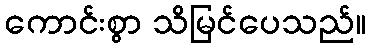
ကောင်းစွာ သိမြင်ပေသည်။